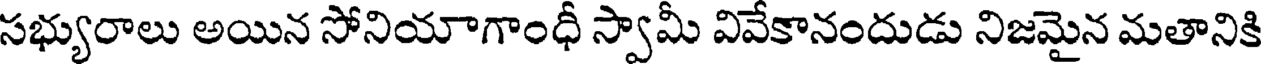
సభ్యురాలు అయిన సోనియాగాంధీ స్వామీ వివేకానందుడు నిజమైన మతానికి